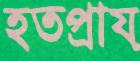
হতপ্রায়